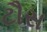
ટૌસ